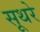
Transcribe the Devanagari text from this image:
सूथरे